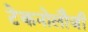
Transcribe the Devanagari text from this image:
टेकनोलौजी